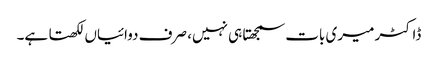
ڈاکٹر میری بات سمجھتا ہی نہیں، صرف دوائیاں لکھتا ہے۔